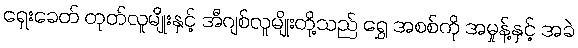
ရှေးခေတ် တုတ်လူမျိုးနှင့် အီဂျစ်လူမျိုးတို့သည် ရွှေ အစစ်ကို အမှုန့်နှင့် အခဲ